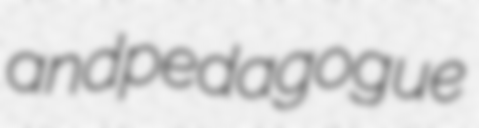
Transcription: and pedagogue